Medical and sanitary report of the native army of Bengal for the year
Year: 1878
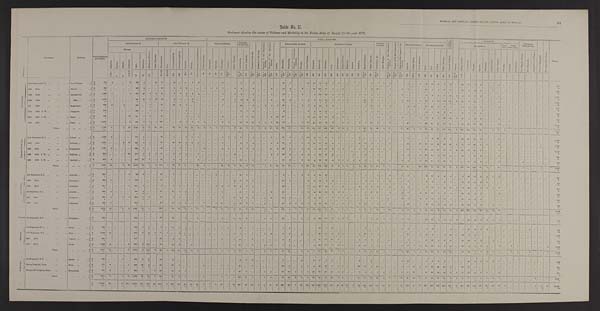
Table No. II.
Statement showing the causes of Sickness and Mortality in the Native Army of Bengal for the year 1878.
D I V I S I O N S .
R E G I M E N T .
STATION.
Total Admissions
and Deaths.
GENERAL DISEASES.
LOCAL DISEASES.
C O N D I -
T I O N S , & C .
P o i s o n s .
I N J U R I E S .
SURGICAL
OPERASTIONS.
N o t y e t d i a g n o s e d . N o a p p r e c i a b l e d i s e a s e .
TOTAL.
SUB-DIVISION A.
SUB-DIVISION B.
NERVOUS SYSTEM.
DISEASES
OF THE EYE.
D i s e a s e s o f t h e E a r .
D i s e a s e s o f t h e N o s e .
D i s e a s e s o f t h e C i r c u l a t o r y
S y s t e m.
D i s e a s e s o f t h e A b s o r b e n t
Syst em.
G o i t r e .
RESPIRATORY SYSTEM.
DIGESTIVE S T S T E M .
URINARY
S Y S T E M.
D i s e a s e s o f t h e G e n e r a t i v e
Sy s t e m.
D i s e a s e o f t h e M a l e M a m m i l l a .
D i s e a s e s o f t h e O r g a n s o f L o -
c o m o t i o n .
CELLULAR TISSUE.
CUTANEOUS SYSTEM.
ACCIDENTAL.
BAT- TLE.
SEEF-
INFLICTED.
FEVERS.
M a l i g n a n t C h o l e r a .
O t h e r D i s e a s e s .
R h e u m a t i s m s .
G o u t .
P r i m a r y S y p h i l i s .
S e c o n d a r y S y p h i l i s .
S c r o f u l a .
S c u r v y .
A n æ m i a , G e n e r a l D r o p s y .
O t h e r D i s e a s e s .
Su n s t r o k e .
E p i l e p s y .
N e u r a l g i a .
I n s a n i t y .
O t h e r D i s e a s e s .
O p h t h a l m i a .
O t h e r D i s e a s e s .
B r o n c h i t i s .
Pneumoni a.
C h r o n i c P n e u m o n i a ,
P l e u r i s i s .
Pl euri sy.
O t h e r D i s e a s e s .
D y s p e p s i a .
D y s e n t e r y .
D i a r r h œ a . Colic.
C o n s t i p a t i o n .
H æ m o r r h o i d e s .
Hepat i t i s.
Abscess.
J a u n d i c e .
S p l e e n D i s e a s e s .
O t h e r D i s e a s e s .
G o n o r r h œ a , & c .
O t h e r D i s e a s e s .
Abscess.
G u i n e a W o r m . O t h e r D i s e a s e s .
Ul cer .
Boil.
Scabi es.
O t h e r D i s e a s e s .
G e n e r a l D e b i l i t y .
B l i s t e r o f F e e t .
Co n t u s i o n s .
W o u n d s .
S p r a i n s .
Fr act ur es .
D i s l o c a t i o n s .
Ot he r I Nj ur i e s .
Wounds.
Wo u n d s .
C o n t u s i o n s .
F o r H e p a t i c A b s c e s s .
F o r P h y m o s i s .
A m p u t a t i o n o f F i n g e r .
E r u p t i v e .
T y p h u s .
E n t e r i c .
C o n t i n u e d .
A g u e .
R e m i t t e n t .
1 t o 5 7
9
1 1 & 1 2
1 5
1 6
18
3 4 t o 3 8
3 9 & 4 0
4 3 A
4 3 B
4 9 - 1
54
5 5 & 5 7
5 8
66
93
1 0 1
1 0 5 t o 1 1 0
1 1 1 t o 1 1 8
1 8 5
1 8 6 t o 2 0 5
2 0 6 t o 2 1 8
219 to 268
2 6 9 t o 2 7 8
280
3 0 5 & 3 0 6 315 t o 318
3 2 5 & 3 2 6
331 & 332
3 4 3
4 6 0
4 6 6
4 8 4 486
4 8 7 4 9 1 501 502
5 1 3
524 t o 529
5 3 7
5 8 5 t o 5 9 4
6 0 2 t o 6 2 9
751 t o 754
7 5 5 t o 8 1 7
819
825-5
826
859
861 894
9 0 1 905
9 0 6 t o 9 9 1 1148
P R E S I D E N O Y .
16th Regiment, N. I. ...
...
... Fort William
. . . A
778
3
. . .
. . .
3
366
6
. . . 11
31
...
1 3
. . .
. . .
1
2 ...
...
...
15 ... ...
5
. . .
8
. . .
. . .
. . . ...
47 1
. . .
. . . 10
18 49
45
1
1 ... 1 ...
2
. . . 3
7
1 2
...
. . . 1 ...
5
3
16
6
1
14 ...
58 17
1
3 ...
. . .
1 ...
...
...
...
...
...
...
. . .
778
D
9
. . .
. . .
. . . ...
2
3 ...
... ... ...
. . .
. . .
. . .
. . . ...
...
...
...
...
... ...
. . .
. . .
. . .
. . .
. . .
. . .
...
. . . ...
. . .
. . .
1 ...
1
1
...
... . . . ... ...
...
. . .
...
. . .
. . . ...
...
. . .
. . . ...
. . . ...
...
. . .
. . . 1
. . . ...
...
...
. . . ...
. . .
. . .
...
...
...
... ...
...
...
. . .
9
45th
ditto
. . .
. . .
... Alipore ...
. . . A
928
. . . ...
...
. . .
496
4
...
...
12 ...
5
1
2
. . . . . .
1
1
1
7
...
1
4
. . .
8
...
...
9 ...
15
4
...
2
. . . 29
157
32
3
. . .
3 ... ...
. . .
6
6
1 0
. . . 2
...
6 1
...
...
10
7
5
10
16 ...
32
9
4
5 ...
1
. . .
1
...
...
...
...
...
...
. . .
9 2 8
D
1 1
. . .
. . .
. . .
. . .
3
2
. . . ... ...
...
. . . ...
. . .
. . .
. . .
. . .
. . . ...
. . .
. . .
...
. . .
. . .
. . .
. . .
. . .
. . . ...
. . .
2
. . . ...
. . .
. . .
3 ...
...
. . .
. . . ... ...
. . .
. . .
1
. . .
. . .
. . ....
. . . ... ...
... ...
...
. . .
. . . ...
. . . ...
...
. . .
. . . ...
. . . ...
...
...
...
...
...
...
...
...
11
36th
ditto
...
. . .
... Barrackpore
...
A
1,335
1
. . .
...
1
973
20
1
1
21 ...
4
7
2
1
4
...
. . . ...
1
. . .
4
5
...
3
. . . ...
1 ...
1 4
...
. . .
3
. . . 7
130
30
3
1
2
1 ...
1
12
5
8
1
2 ...
1 ... ...
. . . 3
3
3
7
20
2
6
6
7
6
...
...
1 ... ...
...
...
...
...
...
...
1,335
D
10
1
. . .
. . .
. . .
6
. . .
1 ...
...
...
. . .
. . .
1
. . .
. . .
. . .
. . . ...
. . .
...
...
. . .
. . .
. . .
. . .
. . .
. . .
...
. . .
...
. . .
. . .
. . .
. . .
1
. . .
...
...
. . . ... ...
. . .
. . .
. . .
. . .
. . .
. . .
...
. . .
. . .
...
...
...
...
. . .
. . . 1
. . .
...
...
. . .
. . . ...
. . . ... ... ...
...
...
...
...
...
...
10
38th
ditto
. . .
...
. . . Ditto ...
...
A
1,324
. . .
...
. . .
. . .
641
18
2
16 14 ...
3
1
...
3
. . .
. . .
. . . ...
4
. . .
1
2
4
4
. . .
. . .
2
...
54
8
...
1
1
5
58
73
1
1 1 3 ...
. . .
125
6
4
. . .
1 ...
1
16 ...
1
12
8
26
14 100
2
61
6
16
...
...
. . .
4 ...
...
...
...
...
...
...
...
1,324
D
9 9
. . .
. . .
. . .
. . .
3 0
8
1 ...
...
...
1
. . .
. . .
2 ...
. . .
. . . ...
. . .
. . .
1
...
. . .
. . .
. . .
. . .
. . .
...
5
1
. . .
. . .
1 ...
8
1 2
...
...
. . . 1 ...
. . .
2 0
2
. . .
. . . ...
...
1 ...
...
. . . ...
...
. . .
. . . 5
. . . ...
...
. . .
. . . ...
. . .
. . .
...
...
...
...
...
...
...
...
99
5th
ditto
...
...
. . .
Bhagulpore
. . . A
540
2
...
2
. . .
204
...
5 ...
57 ...
1 1
8
1
. . .
. . . ...
. . . ...
7
. . .
... 16
...
8
...
2
1
1
37
...
...
1
1
5
4 5
3
4
...
. . . ... ...
. . .
4
22
4
1
4
...
. . . 4
3
. . . 10
22
2
6 1
. . . 10
9
6
9 ...
. . .
2 ...
... ... ...
... ... ...
...
510
D
8
. . .
. . .
1 ...
...
. . .
5 ...
... ...
. . .
. . .
. . .
. . .
. . .
. . .
. . . ...
...
. . .
...
. . .
. . .
. . .
. . .
. . .
. . .
...
. . .
...
. . .
. . .
. . . ...
. . . ... ...
. . .
. . . ... ...
. . .
. . .
2
. . .
. . . ...
...
. . . ... ...
...
...
...
...
...
...
...
...
...
...
... ...
. . . ... ... ... ...
...
...
... ...
...
8
10th
ditto R. W. . . .
...
. . .
Julpigorie
. . . A
532
. . .
. . .
. . .
. . .
349
. . .
1
. . .
15 ...
...
...
1
. . .
. . .
. . . ...
...
...
...
...
2
1
2
. . .
. . . .... ...
4 ...
. . . ...
4
5
5 6
2 7 ...
. .
1 ... ...
. . .
1
1
2
. . . 1
...
. . . 1
1 ...
4
1
15
2
9
...
11
5
5
5 ...
...
...
...
...
...
...
...
...
...
...
332
D
8 ...
. . .
. . .
. . .
4
. . .
. . . ...
...
...
...
...
...
. . . . . .
... ... ...
...
. . .
...
. . .
. . .
. . .
. . . ...
. . . ...
. . .
...
. . .
. . .
. . .
1
2
1 ...
. . .
. . . ... ...
. . .
. . .
. . .
. . .
. . . ...
...
. . . ...
...
. . .
...
...
...
. . . ...
...
...
...
. . .
. . . ...
. . .
. . .
...
...
...
...
... ... ...
...
8
10th
ditto L. W. ...
...
. . .
Dacca
...
. . . A
426
...
...
...
26
101
7
4
. . .
22 ...
. . .
. . .
1
. . .
1
. . .
...
... 5
. . .
...
1
1
12
. . .
. . .
5 25
2 1
...
. . .
. . .
6
31
33
31
8
...
1 1 ...
1
...
4
8 ...
2
...
3 ...
...
1
3
4
2
13
10
1
10
8
4
4 ...
...
5 ...
...
...
...
...
...
...
...
426
D
4
. . .
. . .
. . .
. . .
1
...
1 ... ...
...
. . .
. . .
. . .
...
...
. . .
...
...
...
...
...
...
. . .
. . .
. . . ...
...
...
. . . ...
. . .
. . .
. . .
. . .
1
. . .
...
. . .
. . . 1 ...
. . .
. . .
. . .
. . .
. . . ...
...
. . . ...
...
...
...
...
...
...
...
. . . ...
...
. . .
. . . ...
. . .
. . .
...
...
...
...
...
...
...
...
4
18th
ditto
...
. . .
... Buxa
...
. . . A
1,295
...
...
...
2
452
2
2
1 106 ...
. . .
2
3
5
1
1 ...
...
6
1 ...
14
2
12
1
1
7
32
10 ...
. . .
7
71
31
59
42
4
...
6 2 ...
2
7
82
3
1 3
...
1
45 ...
1
44 11
11
47
21
...
42
95
27
13 ...
. . .
4 ...
...
...
...
...
...
...
...
1,295
D
9
. . .
. . .
. . .
. . .
2 ...
2
. . .
...
. . .
. . .
. . .
. . .
. . .
. . .
. . . ...
...
. . .
. . .
...
. . .
. . . ...
. . .
. . .
. . .
...
. . . ...
. . .
. . .
1
. . .
2
. . .
...
. . .
. . . ... ...
. . .
. . .
1
. . .
. . . ...
...
. . . ...
...
. . . ...
... ...
. . . 1
. . . ...
...
. . .
. . . ...
. . .
. . .
...
...
...
...
...
...
...
...
9
TOTAL
......
. . .
. . . A
7,158
6 . . .
2
32 3,582
57
15
29
278
...
3 6
19
10
10
8
2
1
1
45
1
6
49
8
57
1
3
25
58 202
13
...
14 93
1 3 1 587
2 8 3
24
3 14 8 ...
6
1 5 5
79
4 6
4
17 ...
12 68 4
8 89
72
70
100
191
5
230
155
70
4 5 ...
1 17
1 ...
...
...
...
...
...
...
7 . 1 5 8
D
158
1
. . .
1
. . .
4 7
1 3
1 0
...
...
...
1
...
1
2
...
. . .
. . .
. . .
...
. . .
1
. . .
. . .
. . .
. . .
. . .
. . .
...
5
3
. . .
. . .
3
1
18
14
...
...
. . . 2 ...
. . .
2 0
6
. . .
. . .
. . .
...
1 ...
...
. . .
...
...
. . .
. . .
8
. . . ...
...
. . .
. . . ...
. . .
. . . ... ...
...
...
...
. . . ...
...
1 5 8
E A S T E R N F R O N T I E R .
35th Regiment, N. I. ...
...
... Cachar ...
...
A
1,148
5 ...
...
. . .
707
3
... ...
20
...
4
. . .
3
1
1
. . .
. . .
. . . 4
2
1
8
...
1
. . .
. . .
1
. . .
60
6
. . .
1
19
5
71
85
1
3
. . . ... ...
3
. . .
. . .
1 ...
. . . ...
1 4
...
. . . 7
3
10
5
5
. . . 42
26
1 8
9 ...
...
2
... ...
...
...
...
. . . ...
...
1 , 1 4 8
D
1 2
. . .
. . .
. . .
. . .
1
2
. . .
...
...
...
. . .
. . .
1
. . . ...
. . .
. . .
. . .
. . . ...
...
. . .
. . .
. . .
. . . ...
...
...
1 ...
. . .
. . .
. . .
. . .
6 . . .
...
... ... ... ...
1
. . .
. . .
. . .
. . .
. . .
...
. . . ...
...
...
...
...
. . .
. . . ...
. . . ...
...
. . .
. . . ...
... ...
... ...
...
... ...
. . . ...
...
1 2
42nd
ditto
...
...
... Shillong ...
. . .
A
1,037
. . .
. . .
3
10
530
9
2 ...
19
1
10
13
3
6
8
. . . ... ...
1
. . .
...
6
7
5
. . .
. . .
2
8
27
5
. . .
1
2
15
71
58
3
1 . . . ... ...
2
10
8
5
. . .
6 ...
...
18
...
10
15
15
29
14
26
1
8
13
26
1 2
. . .
1
... ...
... ... ...
. . .
1
...
1,037
D
17
.. .
...
1
. . .
2
...
2
. . .
. . .
. . .
. . .
. . .
3
. . .
1
...
...
...
...
. . .
...
. . .
. . .
. . .
. . .
. . .
. . .
. . .
. . . 1
. . .
. . . ...
. . .
2
2
...
. . .
. . .
...
...
. . .
. . .
. . .
. . .
. . .
...
...
. . . ... ...
...
...
...
. . .
. . . 1
. . .
...
...
1
. . . ...
...
...
...
...
...
...
...
...
1
...
17
43rd
ditto
...
. . .
.. . Dibrooghur
. . .
A
1,137
9 . . .
...
. . .
548
7
. . .
...
44
. . . 5
5
1
. . .
. . .
2 ...
...
5
1
...
8
1
8
. . .
. . . 12
6 22
9
. .
1
3
2
89
17
5 1 2 ...
1 12
6
8
2
3 ...
. . . 19 ...
7 42
34
16
18
11
2
43
40
53
5 ...
...
2 ...
...
... ...
...
...
. . . ...
1,137
D
5
1
. . .
. . .
. . .
1
. . .
. . . ... ...
. . .
. . .
. . .
1
. . .
. . .
. . . ... ...
. . .
. . .
...
. . .
. . .
. . .
. . .
. . .
. . .
. . .
. . .
2
. . .
. . .
. . .
. . .
. . .
. . .
... . . .
...
... ...
. . . ...
. . .
. . .
. . . ...
...
. . . ... ...
. . . ...
...
. . .
. . . ...
. . . ...
...
. . .
. . . ...
. . . ... ... ... ...
...
...
...
. . . ...
5
44th
ditto R. W.
. . .
. . .
... Shillong ...
. . . A
685
...
...
...
80
277
1
2
1
13
. . .
3
4
3
...
7
. . . ...
...
...
. . .
4
. . . ...
. . .
. . . ...
2
1
28
3 . . .
3
2
1 90
17
3 ... ... ...
1
. . . 11 ...
5
...
...
...
1
9 ...
2
24
13
4
17
11 ...
13
7
14
1 ...
...
7 ...
... ... ... ... ...
... ...
6 8 5
D
11
. . .
. . .
. . .
. . .
. . .
1
1 ...
. . . ...
. . .
. . .
3
. . .
. . . ...
...
...
. . .
. . .
...
. . .
. . .
. . .
. . .
. . .
. . .
. . .
. . .
...
. . .
. . .
. . .
. . .
3
. . .
2
. . .
. . . ...
1
. . .
. . . . . .
. . .
. . .
. . . ...
. . . ... ...
. . .
...
...
. . .
. . . ...
. . . ...
. . .
. . .
. . .
...
. . .
. . .
...
...
...
...
...
...
...
...
11
44th
ditto L. W. . . .
...
... Gauhati ...
. . . A
656
2
. . .
. . .
. . .
875
15
1
...
18
...
8
5
1 ...
9
. . . ...
...
1
. . .
... 12
...
2
. . .
1
. . .
. . . 18
3
. . .
3
4
4 33
10
4
1 1 2
1
2
3 ...
8
1 2
...
2
9 ...
1
15
11
9
14 6
. . . ...
17
15
4
...
. . .
3 ...
...
...
1
...
...
...
...
656
D
4
. . .
. . .
. . .
. . .
. . .
. . .
. . .
. . .
. . .
. . .
. . .
. . .
. . .
. . .
1
. . . ... ...
... . . .
. . . . . .
. . .
. . .
. . .
. . .
. . .
. . .
. . . 1
. . .
. . .
. . .
. . .
. . .
. . .
...
...
. . . ...
1
. . . 1
. . .
. . .
. . . ...
...
...
... ...
...
... ... ...
. . . ...
. . . ...
...
. . .
. . . ...
. . .
. . . ... ...
...
...
...
...
...
...
4
TOTAL
. . .
. . .
. . .
. . .
A
4,663
16
. . .
3
90 2,437
35
5
1
114
1
30
27
11
7
25
2 ...
...
11
3
5
34
8
16
...
1
17
15
155
26 ...
9 30
27
354
189
16
6 3 2
2
8
36
14
27
3
11 ...
4 59
...
20
103
76
68
68
59
3 106 103 126
20
2
...
15
...
...
...
1 ... ...
1 ...
4,663
D
49
1
. . .
. . .
. . .
4
3
3 ...
...
. . .
. . .
. . .
8
. . .
2
. . .
...
...
...
. . .
...
. . .
. . .
. . .
. . .
. . .
. . .
. . .
1 4
. . .
. . .
. . .
. . .
1 1
2
2
...
. . . ...
2
1
1
. . .
. . .
. . . ...
...
. . .
...
...
. . ..
...
. . .
. . .
1
. . . ...
...
1
. . .
...
. . . ...
...
...
...
. . . ...
...
1 ...
49
A L L A H A B A D .
2nd Regiment, B. C. ...
. . .
... Segowlie . . .
. . . A
2 6 1
. . .
. . .
. . .
1
8 6
1
. . .
...
13 ...
6
1
1
. . . ...
. . .
...
1
...
. . .
...
13
1 ...
. . . ...
. . .
...
5 ...
. . .
1
3
2
15
16 ...
. . . ... ...
. . .
. . .
1
. . . 2
. . . 6
...
1
7
1 ...
3
12
1
2
3
...
1
29
12
3
8
1
2 ...
...
... ... ...
...
. . . ...
261
D
4
. . .
. . .
. . .
. . .
. . .
. . .
. . .
...
...
...
. . .
. . .
1
. . .
. . .
. . .
...
...
...
. . . ...
. . . . . .
. . .
. . .
. . .
. . .
...
. . . ...
. . .
. . .
. . .
. . .
1
1 ...
. . .
. . . ...
. . .
. . .
. . .
. . .
. . .
. . . ... ...
... ... ...
...
...
... ...
. . . ...
. . . ... ...
. . .
. . . 1
. . .
. . . ...
...
...
...
...
...
. . . ...
4
15th
ditto
. . .
...
... Cawnpore
. . .
. . .
A
464
2
. . .
. . .
1
269
...
. . .
. . .
18 ...
8
. . .
1
. . . ...
. . .
...
...
...
...
2
17
1
7
...
. . .
. . .
...
12
1 ...
. . .
2
9 13
9
4
...
. . . ...
...
. . .
1
2
2
1
3 ...
. . .
7
...
. . . 1
9 ...
9 7
. . .
6
28
10
5
1
1
. . . ...
... ...
... ...
...
. . .
. . .
4 6 4
D
6
1
. . .
. . .
. . .
1
. . .
. . . ... ...
...
. . .
. . .
1
. . .
. . . ... ...
...
...
. . .
1
. . .
. . .
. . .
. . .
. . .
. . .
...
. . .
...
. . .
. . . ...
. . .
1
. . .
...
. . .
. . . ... ...
. . .
. . .
. . .
. . . . . . ...
...
...
...
...
...
...
...
...
. . . ...
. . . ...
...
...
. . .
...
...
...
...
...
...
...
...
...
...
. . .
5
16th
ditto
...
. . .
... Allahabad
. . . A
481
...
. . .
. . .
1 207
2
. . . ... 8
...
6
5
. . .
2
8
. . . ...
2
3
1
2
6
2
1
. . .
. . .
. . . ...
18
...
. . .
. . .
1
1 4 27
14
7
. . .
2
...
...
1
7
3
8
1 4
...
1
1 ...
. . . 7
13
1
9
25
1
2 44
4
7 5
1 2 ...
...
...
...
...
...
...
...
481
D
2
. . .
. . .
. . .
. . .
. . .
. . .
. . . ... ...
...
. . .
. . .
. . .
. . .
. . .
. . . ...
. . .
. . .
. . .
...
. . . . . .
. . .
. . .
. . .
. . .
...
. . . ...
. . .
. . .
1
. . .
. . . ...
...
. . . ... ... ...
...
...
...
. . . . . . ... ... ... ... ... ... ... ... ...
. . .
...
1
...
...
. . .
. . . ...
. . . ... ...
... ... ...
...
...
...
. . .
2
1st Regiment, N. I.
. . .
. . .
... Benares ...
. . . A
569
4
. . .
. . .
. . .
205
1 ...
. . .
30
...
25
4
5
...
6
. . . ...
...
2
. . .
...
1 8
1
6
. . .
. . .
4 ...
1 0 ...
. . .
1
5
6 28
16
2
3
4 ... ...
. . .
3
10
11
. . .
5 ...
4
1
...
2
18
26
1
9 1
. . .
59 24
3
2 ...
. . .
4 ...
...
...
...
...
...
...
. . .
569
D
8
. . .
. . .
. . .
. . .
1
2
. . . ... ...
...
. . .
. . .
1
. . .
. . .
. . . ... ...
...
. . .
...
. . .
. . .
. . .
. . .
. . .
. . .
...
1 ...
. . .
. . .
. . .
. . .
. . .
. . .
...
... . . . ... ...
. . .
2
. . .
. . .
. . .
. . .
...
1 ...
...
. . . ... ...
. . .
. . . ...
. . . ...
...
. . .
. . . ...
. . .
. . .
...
...
... ... ... ...
. . .
. . .
8
3rd
ditto
. . .
. . .
... Dinapore
. . .
. . . A
665
4 ...
2
1
394
7
1
...
36
...
2
4
. . .
. . .
2
. . .
1 ...
2
. . .
2
4
4
3
...
1
3 ...
15
3
. . .
. . .
3
4
39
7
7
1 2 1 ...
. . .
1
5
6
...
...
.. .
3
5 ...
5
6
21
1
14
7
. . .
25
3
3
5
...
. . . . . .
...
... ...
...
...
...
. . .
. . .
665
D
4
. . .
. . .
1
...
. . .
1
. . .
...
. . .
...
. . .
. . .
. . .
. . . . . .
. . .
. . . ...
. . .
. . .
...
. . .
. . .
. . .
. . .
1
. . .
...
. . .
1
. . .
. . .
. . .
. . .
. . .
. . .
...
...
...
...
...
...
. . .
. . .
...
. . . ... ...
...
... ...
...
...
...
. . .
. . . ...
...
. . ....
. . .
. . . ...
. . .
. . .
...
... ...
...
... ...
. . .
. . .
4
34th
ditto
. . .
...
... Allahabad
. . . A
738
3
. . .
. . .
. . .
304
...
. . .
. . .
31 ...
10
2
4
. . .
1
2
. . .
1
11 ...
1 32
9
6
. . .
2
. . .
...
42
2
5
2
1
4
82
16 1
. . .
1 ... ...
1
1 5
7
6
1 2
...
. . . 14 ...
1
4
20
2
9
2
...
33
39
1
4
...
1
1 ...
... ...
...
...
...
. . .
. . .
7 3 8
D
5
. . .
. . .
. . .
. . .
1
. . .
. . . ...
...
...
...
...
. . .
. . .
. . .
...
. . .
. . .
...
. . . 1
. . .
. . .
. . .
. . .
. . . ...
...
. .
1
. . .
. . .
. . .
. . .
1
. . .
...
. . .
. . . ... ...
...
. . .
. . .
...
. . . ...
...
. . . ... ...
...
...
...
. . .
. . .
1
. . . ...
...
. . .
. . . ...
. . .
. . . ...
... ...
. . .
. . .
...
. . .
. . .
5
TOTAL
......
. . .
. . .
A
3,178
13
. . .
2
4
1,465
11
1
. . .
136
. . .
52
16
11
2
12
2
1
4
18
1
7
90
1 8
23
...
3
7 ...
102
6
5
4
15
39
204
78
21
4
9
1 ...
2
2 8
2 7 35
3
20 ...
9
35
1 8
39
101
6
52
45
1 126
167
33
26
1 4 4
9 ...
... ...
...
. . .
...
. . .
. . .
3 , 1 7 8
D
2 8
1
. . .
1
. . .
5
3
. . . ...
...
...
...
. . .
3
. . .
. . . ...
...
... ...
. . .
2
. . .
. . .
. . .
. . .
1
. . .
...
1 2
. . .
. . .
1
. . . 3
1
...
...
. . . ... ...
. . .
2
. . .
. . .
. . .
...
...
1 ...
...
...
... ...
. . .
. . .
1
1 ...
...
. . . . . . 1
. . .
. . . ...
...
...
...
. . . ...
...
. . .
2 8
S A U G A R . 5th. Regiment, B. C ...
...
... Nowgong ...
...
A
520
. . .
. . .
. . .
. . .
251
...
. . .
...
10
...
13
. . .
1
. . .
3
. . .
1
...
8
...
1 10
3
. . .
. . .
1
1
...
18
...
. . .
1
1
6
24
10
7
1
3 1 ...
. . .
. . .
5
17
3
6
1
1
5
...
. . .
14
17
1
6
12
4
1
39
6
2
3
1
1
... ...
...
...
...
. . .
...
. . .
520
D
1
. . .
. . .
. . .
. . .
. . .
. . .
. . .
. . .
... ...
. . .
. . .
. . .
. . .
. . .
. . .
. . . ...
. . .
. . .
...
. . .
. . .
. . .
. . .
. . .
. . .
...
. . .
...
. . .
. . .
. . .
. . .
. . .
. . .
...
. . .
. . . ...
...
. . .
. . .
. . .
. . . . . .
. . . ...
. . . ...
...
...
...
...
...
. . .
1
. . . ...
...
. . .
. . .
...
. . .
. . . ... ...
. . .
...
. . . ...
. . .
. . .
1
G W A L I O R .
7th Regiment, B. C. ...
...
... Morar
. . .
. . . A
334
. . .
. . .
. . .
. . .
229
1
6
. . .
6 ...
12
3
1
. . .
. . .
...
. . . ...
2
1
...
4
. . .
1
. . .
. . .
. . .
...
1
1
. . .
. . .
. . .
. . .
15
1
2
. . . . . . ... ...
. . .
2
. . .
3
...
1
...
1
2
...
. . .
3
8
. . .
. . .
3
. . .
1
15
2
3
8
...
. . .
. . .
. . .
. . .
...
1
...
. . .
. . .
334
D
6
. . .
. . .
. . .
. . .
1
. . .
3 ...
. . .
...
. . .
. . .
1
. . .
. . . ...
. . . ...
. . .
. . .
...
. . .
. . .
. . .
. . .
. . .
. . .
...
. . .
...
. . .
. . .
. . .
. . .
. . .
. . .
...
. . . . . . ...
...
. . .
. . . . . .
. . .
...
... ...
...
...
. . .
...
...
...
...
...
...
. . . ...
. . .
. . .
. . . ...
. . .
. . . ...
...
. . .
...
. . . ...
. . .
...
5
17th Regimeut, N.I. ...
...
... Ditto
...
...
A
1,209
10
. . .
. . .
. . .
942
6
2
4
11
1
...
5
12
. . .
1
. . .
4 ...
2
...
1
2
. . .
1
. . .
1
4
...
8
6 . . .
1
1
...
40
12
2
4
1 ...
...
1
28
6
4
. . .
... ...
. . .
11
. . .
1
8
1
. . .
4
23
...
34
2
2
. . . ...
...
. . .
...
...
. . .
...
. . .
. . .
. . .
. . .
1 , 2 0 9
D
8
. . .
. . .
. . .
. . .
. . .
. . .
2
...
...
. . .
. . .
. . .
2
. . .
. . .
. . .
1 ...
. . .
. . .
... . . .
. . .
. . .
. . .
. . .
. . .
...
. . .
...
. . .
. . .
. . .
. . .
1
1 ...
...
...
...
...
...
...
...
...
. . . ...
...
...
...
...
. . . ...
...
. . .
. . .
...
. . .
... ...
. . .
. . . ...
. . .
. . . ...
...
. . .
...
. . . ...
. . .
. . .
8
24th
ditto
...
...
... Jhansie ...
. . . A
845
. . . ...
...
...
507
...
. . .
. . .
35
. . .
3
1
. . .
. . .
. . .
. . .
. . . ...
3
. . .
1
17
. . .
7
. . .
...
...
...
9
4
. . .
...
1
5
51
10
15
1 ... ... ...
1
2
9
8
1
. . . ...
. . .
8
1
...
20
23
4
12
16
...
35
29
2
3 ...
1
...
. . .
. . .
... ...
. . . ...
. . .
. . .
845
D
4
. . .
. . .
. . .
. . .
. . .
. . .
. . . ... ...
. . .
. . .
. . .
. . .
. . .
. . .
. . .
. . . ...
. . .
. . .
...
. . .
. . .
. . .
. . .
. . .
. . .
...
1
2
. . .
. . .
. . .
. . .
. . . ...
...
...
... ...
...
...
. . .
. . .
1
. . . ...
...
...
...
...
. . . ...
...
. . .
. . .
...
. . .
...
...
...
...
...
. . . . . .
...
...
... ...
. . . ...
. . . ...
4
41st
ditto
. . .
. . .
... Morar
. . .
. . . A
1,469
9
...
. . .
3
957
2
1 1 0
. . .
14
...
24
2
...
6
...
. . .
. . . ...
1
. . .
1
22
1
2
. . .
1
3
...
8
7
. . .
1
. . .
4
39
16
6
2
1 ... ...
5
36
6
9 ...
6 ...
2
15
7
1
17
23
7
8
52
...
20
4
1
1
1
. . .
1
...
1
1 ...
. . .
...
. . .
3
1,469
D
6 4
2
. . .
. . .
. . .
. . .
1
5 0 ... ...
...
. . .
. . .
. . .
. . .
. . .
. . .
. . . ...
. . .
. . .
1
. . .
. . .
. . .
. . .
1
. . .
...
. . .
1
. . .
. . .
. . .
. . .
. . .
. . . ...
...
. . .
... ...
. . .
. . .
. . . . . .
. . .
. . .
. . .
. . . ...
...
...
...
...
. . .
. . .
1
. . . ...
. . .
...
. . . 1
...
. . . ...
. . . . . .
...
. . . ...
. . .
. . .
6 4
TOTAL
......
. . .
. . . A
3,857
19
. . .
. . .
3
2,635
9
1 1 8
4
66
1
39
1 1
13
6
1
...
4 ...
8
1
3
45
1
11
. . .
2
7
. . .
26
18
. . .
2
2
9
145
39
25
7
2 ... ...
7
68
21
24
1 7
...
3
36
8
2
48
55
11
24
94 ...
90
50
7
7
4
1
1 ...
1
1
. . .
1 ...
. . .
3
3,857
D
81
2
. . . . .
. . .
1
1
6 1 . . .
. . .
. . .
. . .
. . .
3
. . .
. . .
. . .
1
. . .
...
. . .
1
. . .
. . .
. . .
. . .
1
. . .
...
1
3 . . .
. . .
. . .
. . .
1
1
...
...
. . . ...
...
. . .
. . .
. . .
1 . . . ... ...
. . . ... ...
. . . ...
...
. . .
. . .
1
. . .
...
...
1
... 1
. . .
. . . ... ...
. . .
. . .
. . . ...
. . .
. . .
8 1
R A J P U T A N A .
4th Regiment, B. C. ...
. . .
.. Deolee ...
. . . A
5 4 9
. . .
. . .
1
..
386
3
8 ...
12
. . .
5
. . .
. . .
. . .
. . .
. . .
. . .
. . .
1
. . .
...
6
1
2
. . .
. . .
. . .
...
9
...
. . .
2
...
3
17
5
5
...
...
... ...
4
...
2
. . .
1
...
...
4
13
...
...
1
5 3
2
...
. . .
...
34
3
3
5
2
1
. . .
. . .
. . .
. . .
. . . ...
. . .
. . .
549
D
7
. . .
. . .
. . .
. . .
. . .
. . .
6 ... ...
...
. . . ...
. . . ...
. . .
. . .
. . . ...
. . .
. . .
...
. . .
. . .
. . .
. . .
. . .
. . .
...
. . .
...
. . .
. . .
. . .
. . .
. . .
. . .
. .
.
...
. . .
... ...
. . .
. . .
1
. . .
. . ...
...
. . . ...
...
. . . ...
...
. . .
. . .
...
...
...
...
. . .
. . .
...
. . .
. . .
...
...
. . .
. . .
. . . ...
. . .
. . .
7
Deolee Irregular Force
...
... Ditto
...
. . . A
971
6
. . .
. . .
1
486
45
4 ...
25
. . .
27
1
. . .
. . .
. . .
1
. . . ...
2
1
...
55
. . .
5
...
...
. . .
...
16
9 ...
2
2
4
43
19
1
1
2
1 ...
25
10
7
3 0 ... ...
...
3
7
12
1
16
23
10
19
1
. . .
24
21
1
. . .
..
1
1 ...
...
. . .
. . .
. . . ...
. . .
. . .
971
D
1 1
. . .
. . .
. . .
. . .
1
2
2 ...
... ...
...
...
...
. . .
. . . . . .
. . . ...
. . .
. . .
...
. . .
. . .
. . .
. . .
...
. . .
...
...
3
. . .
. . .
. . .
. . .
. . .
2 ...
...
. . .
... ...
...
. . .
...
...
...
... ...
. . . ...
...
. . . ...
...
. . .
. . .
1
...
...
...
. . .
. . .
. . .
...
. . .
...
...
. . .
. . .
. . .
. . .
. . .
. . .
1 1
Erinpocrah Irregular Force
...
... Erin poorah
. . . A
931
3
. . .
. . .
1
428
1
...
7
29
. . .
11
8
1
. . .
. . .
. . . ...
...
...
. . .
1
78
9
...
. . .
1
4 ...
13
20
2
1
1
21
25
49
17
1
3 ... ...
2
1
6
6
4
2 ...
5
11
22 ...
10
20
24
14
5
2
22
22
8
2 2
. . .
5 ...
...
. . . . . .
. . .
. . .
. . .
. . .
931
D
7
. . .
. . .
. . .
. . .
. . .
. . .
. . .
...
1
...
. . .
. . .
. . .
. . .
. . .
. . . ...
...
...
. . .
...
. . .
. . .
. . .
. . .
. . .
. . .
...
. . .
1
. . .
. . .
. . .
. . .
. . .
. . . ...
...
. . .
...
. . .
1
. . .
. . .
. . .
1
. . . ...
. . . ...
...
. . . ...
...
. . .
. . .
. . .
. . . ...
...
1
. . .
...
. . .
...
. . . ...
. . .
...
...
. . .
. . .
. . .
7
TOTAL
...
...
...
. . . A
2,451
9
. . .
1
2
1,300
49
12
7
66 ...
43
9
1
. . .
. . .
1 ...
...
3
1
1
139
10
7
. . .
1
4
...
38
29
2
5
3
28
85
73
23
2
5
1
...
31
11
15
36
5
2 ...
12
31
34
1
27
4 8 37
35
6
2
46
77
12
5 7
3
7 ...
...
. . .
. . .
...
1
. . .
. . .
2,541
D
2 5
. . .
. . .
. . .
. . .
1
2
8
...
1 ...
. . .
. . .
. . .
. . .
. . .
... ...
...
...
. . .
. . .
. . .
. . .
. . .
. . . ...
. . .
...
. . .
4
. . .
. . .
. . .
. . .
. . .
. . .
...
...
. . .
... ...
1
...
1
. . .
1
. . .
...
. . . ...
...
. . . ...
...
. . .
. . .
1
. . . ...
...
1
. . .
...
. . .
. . . ...
...
...
. . . ...
. . .
. . .
. . . 25
A
21,827
63
...
8
131 11,670
161
151
41
670
2
213
82
47
25
49
7
7
5
93
7
23
367
48
114
1
11
61
73 541
92
7
35
144
240 1,399
670
116
23 36 13
2
54
298 161
185
19
63
1
4 1
234
47
39
320
369 193
285
407
15 590
591
254 105
30
10
50 1
... ...
...
. . .
1
1
3
21,827
D
3 4 2
5
. . .
3
. . .
56
22
82
...
1
...
1
...
15
2
2
. . .
1
...
...
. . .
4
. . .
. . .
. . .
. . .
2
. . .
...
8 16
. . .
. . .
4
1
3 5
2 0
2
...
. . .
2 2
2
23
7
1
1 ...
...
2
. . .
...
. . .
...
...
...
. . .
13
1
...
. . .
3
. . .
2
. . .
. . .
...
...
...
...
...
...
1
...
3 4 2